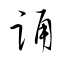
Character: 誦